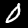
Digit: 0